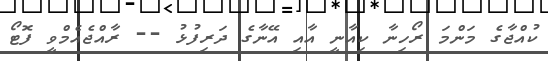
ކުއްޖާގެ މަންމަ ރޯހިނާ ކިއާނީ އާއި އޭނާގެ ދަރިފުޅު -- ރާއްޖެއެމްވީ ފޮޓޯ